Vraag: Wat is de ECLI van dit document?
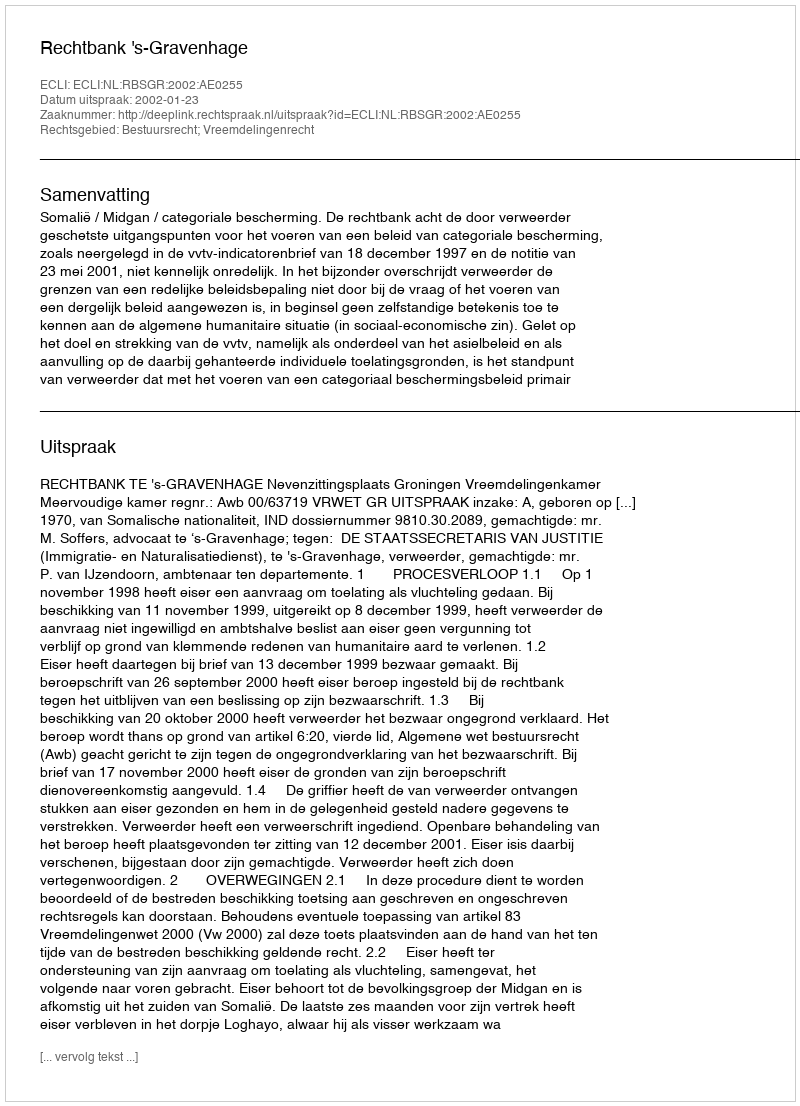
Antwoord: ECLI:NL:RBSGR:2002:AE0255